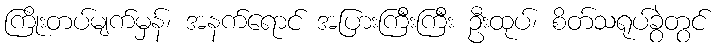
ကြိုးတပ်မျက်မှန်၊ အနက်ရောင် အပြားကြီးကြီး ဦးထုပ်၊ စိတ်သရုပ်ခွဲတွင်